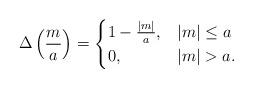
LaTeX: \begin{align*}\Delta\left(\frac{m}{a}\right)=\begin{cases} 1-\tfrac{|m|}{a}, & |m|\leq a \\ 0, & |m|>a.\end{cases}\end{align*}